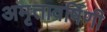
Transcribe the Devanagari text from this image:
अमृतावर्षिणी